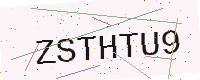
Text: ZSTHTU9